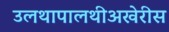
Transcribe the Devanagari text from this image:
उलथापालथीअखेरीस